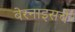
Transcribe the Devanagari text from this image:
बेरनाइसचे